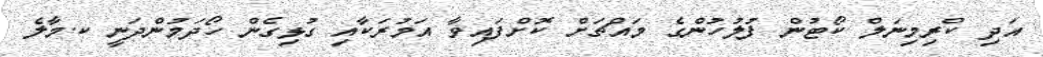
އަދި ކްރިމިނަލް ކޯޓުން ފުލުހުންގެ މައްޗަށް ކޮށްފައިވާ އަމުރަކާއި ގުޅިގެން ހޯދަމުންދަނީ ކ.މާލެ